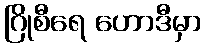
ဂြိုစီရေ ဟောဒီမှာ